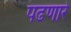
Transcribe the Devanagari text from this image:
पढणारे